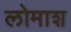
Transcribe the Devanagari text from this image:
लोमाश